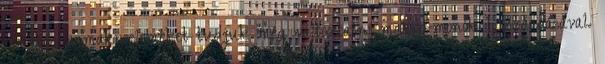
mi meg a makroelemeket tudjuk még változtatni makro-monók hozzáadásával.